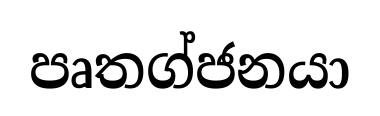
පෘතග්ජනයා